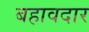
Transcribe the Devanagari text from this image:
बहावदार